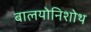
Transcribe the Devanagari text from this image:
बालयोनिशोथ